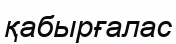
қабырғалас